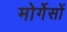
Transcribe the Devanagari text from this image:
मोर्गेसों